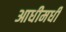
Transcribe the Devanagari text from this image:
आधीमधी